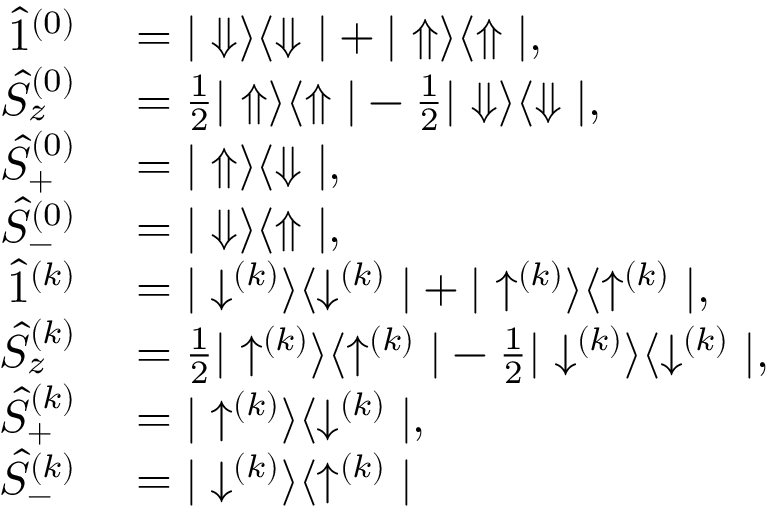
\begin{array} { r l } { \hat { 1 } ^ { ( 0 ) } } & { { } = | \Downarrow \rangle \langle \Downarrow | + | \Uparrow \rangle \langle \Uparrow | , } \\ { \hat { S } _ { z } ^ { ( 0 ) } } & { { } = \frac { 1 } { 2 } | \Uparrow \rangle \langle \Uparrow | - \frac { 1 } { 2 } | \Downarrow \rangle \langle \Downarrow | , } \\ { \hat { S } _ { + } ^ { ( 0 ) } } & { { } = | \Uparrow \rangle \langle \Downarrow | , } \\ { \hat { S } _ { - } ^ { ( 0 ) } } & { { } = | \Downarrow \rangle \langle \Uparrow | , } \\ { \hat { 1 } ^ { ( k ) } } & { { } = | \downarrow ^ { ( k ) } \rangle \langle \downarrow ^ { ( k ) } | + | \uparrow ^ { ( k ) } \rangle \langle \uparrow ^ { ( k ) } | , } \\ { \hat { S } _ { z } ^ { ( k ) } } & { { } = \frac { 1 } { 2 } | \uparrow ^ { ( k ) } \rangle \langle \uparrow ^ { ( k ) } | - \frac { 1 } { 2 } | \downarrow ^ { ( k ) } \rangle \langle \downarrow ^ { ( k ) } | , } \\ { \hat { S } _ { + } ^ { ( k ) } } & { { } = | \uparrow ^ { ( k ) } \rangle \langle \downarrow ^ { ( k ) } | , } \\ { \hat { S } _ { - } ^ { ( k ) } } & { { } = | \downarrow ^ { ( k ) } \rangle \langle \uparrow ^ { ( k ) } | } \end{array}